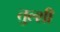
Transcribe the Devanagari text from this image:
तुल्शी